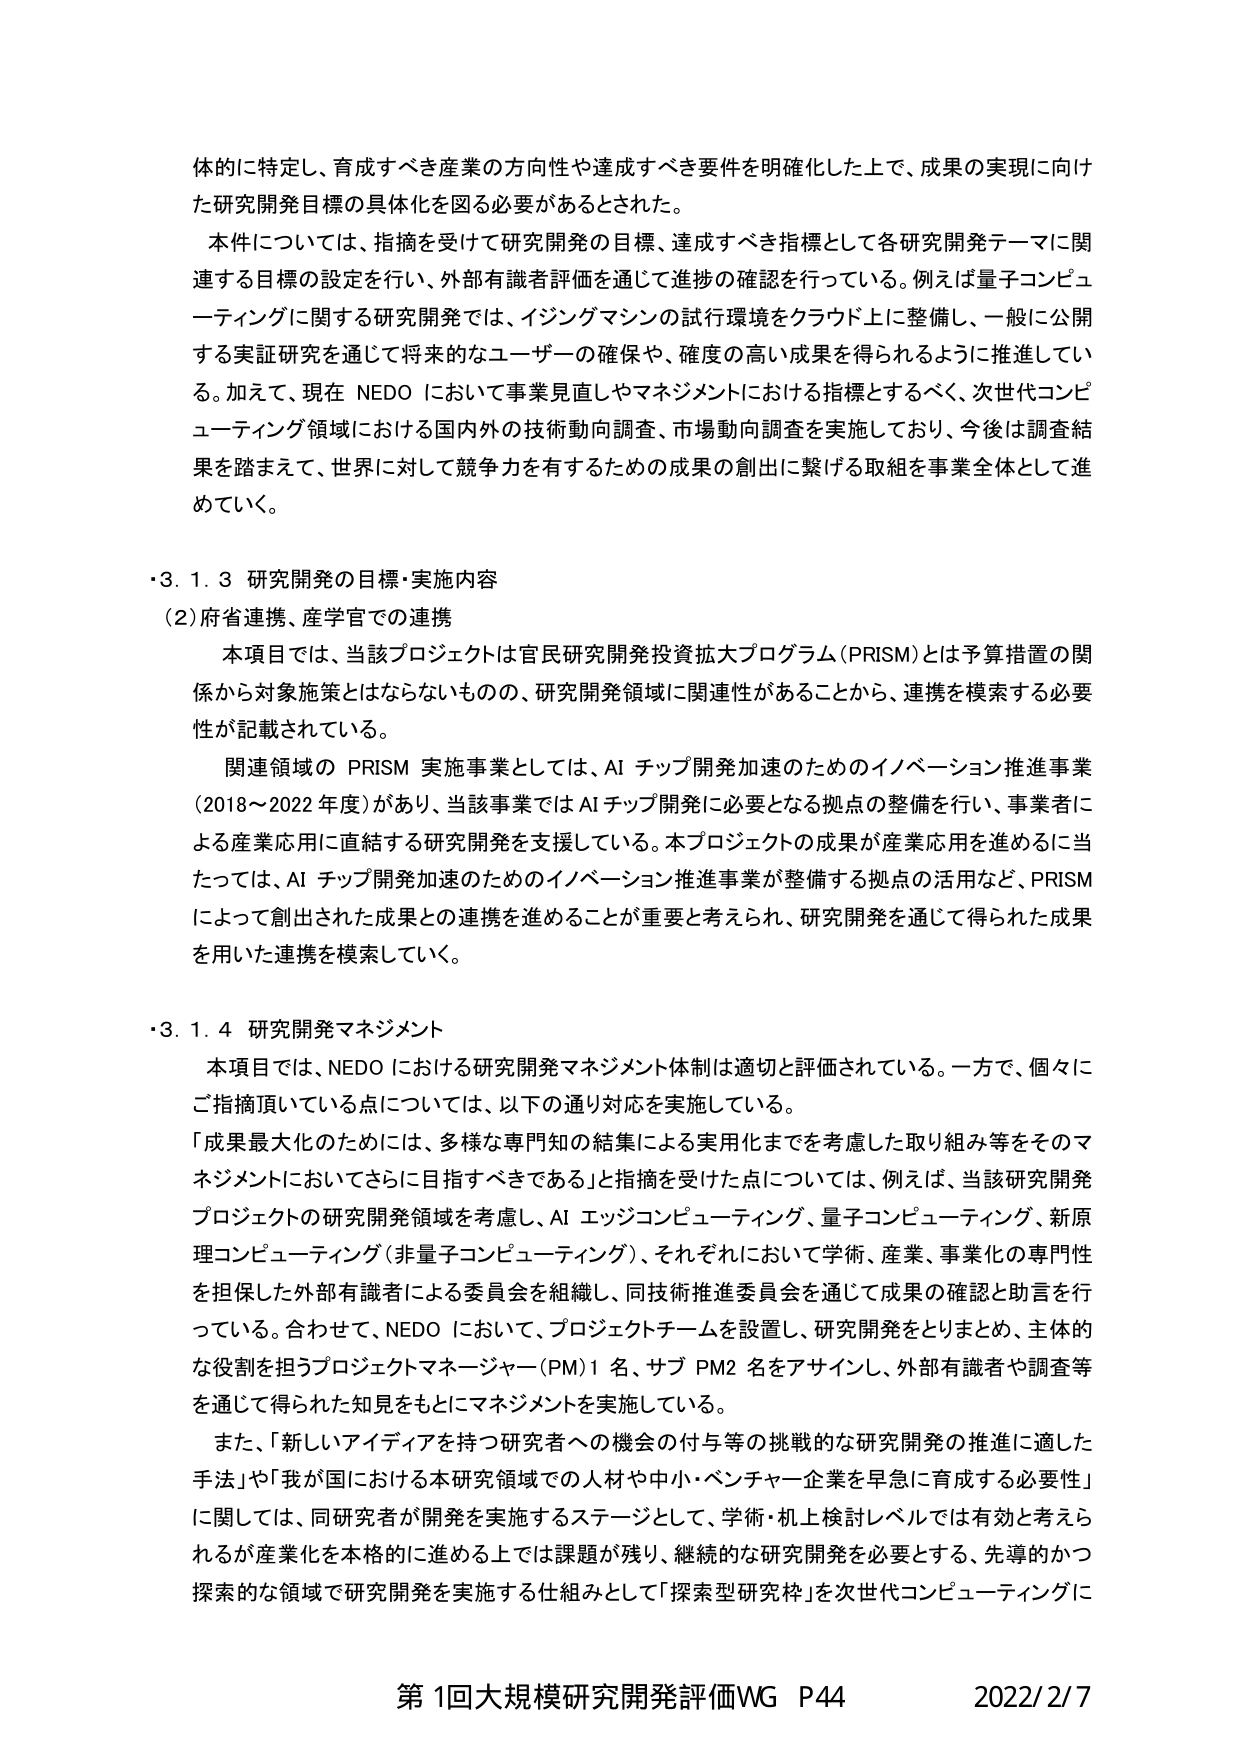
体的に特定し、育成すべき産業の方向性や達成すべき要件を明確化した上で、成果の実現に向けた研究開発目標の具体化を図る必要があるとされた。

本件については、指摘を受けて研究開発の目標、達成すべき指標として各研究開発テーマに関連する目標の設定を行い、外部有識者評価を通じて進捗の確認を行っている。例えば量子コンピューティングに関する研究開発では、イジングマシンの試行環境をクラウド上に整備し、一般に公開する実証研究を通じて将来的なユーザーの確保や、確度の高い成果を得られるように推進している。加えて、現在 NEDO において事業見直しやマネジメントにおける指標とするべく、次世代コンピューティング領域における国内外の技術動向調査、市場動向調査を実施しており、今後は調査結果を踏まえて、世界に対して競争力を有するための成果の創出に繋げる取組を事業全体として進めていく。

・3.1.3 研究開発の目標・実施内容
（2）府省連携、産学官での連携
　本項目では、当該プロジェクトは官民研究開発投資拡大プログラム（PRISM）とは予算措置の関係から対象施策とはならないものの、研究開発領域に関連性があることから、連携を模索する必要性が記載されている。
　関連領域の PRISM 実施事業としては、AI チップ開発加速のためのイノベーション推進事業（2018～2022 年度）があり、当該事業では AI チップ開発に必要となる拠点の整備を行い、事業者による産業応用に直結する研究開発を支援している。本プロジェクトの成果が産業応用を進めるに当たっては、AI チップ開発加速のためのイノベーション推進事業が整備する拠点の活用など、PRISM によって創出された成果との連携を進めることが重要と考えられ、研究開発を通じて得られた成果を用いた連携を模索していく。

・3.1.4 研究開発マネジメント
　本項目では、NEDO における研究開発マネジメント体制は適切と評価されている。一方で、個々にご指摘頂いている点については、以下の通り対応を実施している。
「成果最大化のためには、多様な専門知の結集による実用化までを考慮した取り組み等をそのマネジメントにおいてさらに目指すべきである」と指摘を受けた点については、例えば、当該研究開発プロジェクトの研究開発領域を考慮し、AI エッジコンピューティング、量子コンピューティング、新原理コンピューティング（非量子コンピューティング）、それぞれにおいて学術、産業、事業化の専門性を担保した外部有識者による委員会を組織し、同技術推進委員会を通じて成果の確認と助言を行っている。合わせて、NEDO において、プロジェクトチームを設置し、研究開発をとりまとめ、主体的な役割を担うプロジェクトマネージャー（PM）1 名、サブ PM2 名をアサインし、外部有識者や調査等を通じて得られた知見をもとにマネジメントを実施している。
　また、「新しいアイディアを持つ研究者への機会の付与等の挑戦的な研究開発の推進に適した手法」や「我が国における本研究領域での人材や中小・ベンチャー企業を早急に育成する必要性」に関しては、同研究者が開発を実施するステージとして、学術・机上検討レベルでは有効と考えられるが産業化を本格的に進める上では課題が残り、継続的な研究開発を必要とする、先導的かつ探索的な領域で研究開発を実施する仕組みとして「探索型研究枠」を次世代コンピューティングに

第1回大規模研究開発評価WG P44 2022/2/7